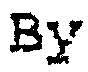
BY